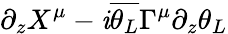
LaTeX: \partial_{z}X^{\mu}-\mathit{i}{\overline{{{\theta_{L}}}}}\Gamma^{\mu}\partial_{z}\theta_{L}